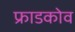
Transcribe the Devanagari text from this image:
फ्राडकोव